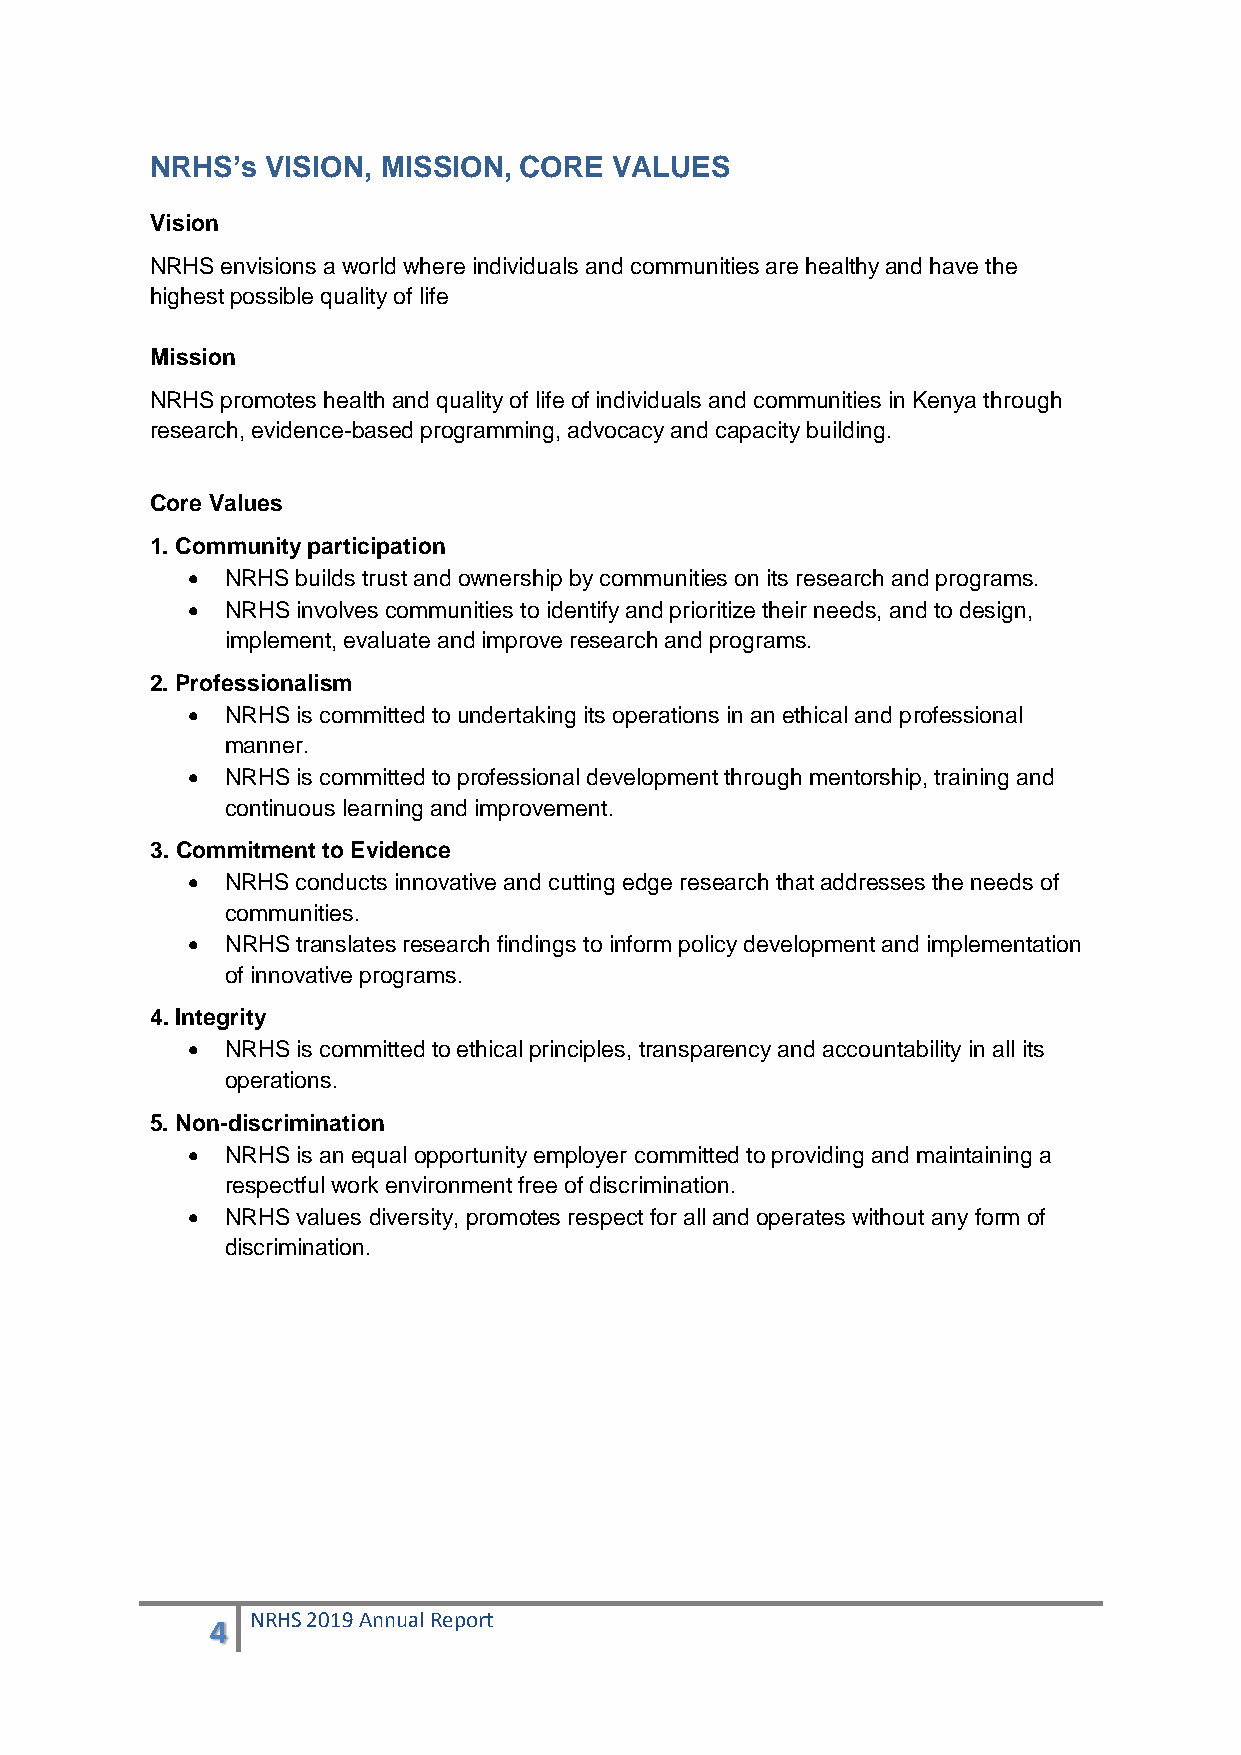
NRHS’s  VISION, MISSION, CORE  VALUES
 Vision
 NRHS envisions a world where individuals and communities are healthy and have the
 highest possible quality of life
 Mission
 NRHS promotes health and quality of life of individuals and communities in Kenya through
 research, evidence-based programming, advocacy and capacity building.
 Core Values
 1. Community participation
   NRHS builds trust and ownership by communities on its research and programs.
   NRHS involves communities to identify and prioritize their needs, and to design,
 implement, evaluate and improve research and programs.
 2. Professionalism
   NRHS is committed to undertaking its operations in an ethical and professional
 manner.
   NRHS is committed to professional development through mentorship, training and
 continuous learning and improvement.
 3. Commitment to Evidence
   NRHS conducts innovative and cutting edge research that addresses the needs of
 communities.
   NRHS translates research findings to inform policy development and implementation
 of innovative programs.
 4. Integrity
   NRHS is committed to ethical principles, transparency and accountability in all its
 operations.
 5. Non-discrimination
   NRHS is an equal opportunity employer committed to providing and maintaining a
 respectful work environment free of discrimination.
   NRHS values diversity, promotes respect for all and operates without any form of
 discrimination.
 4  NRHS 2019 Annual Report